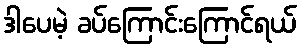
ဒါပေမဲ့ ခပ်ကြောင်းကြောင်ရယ်